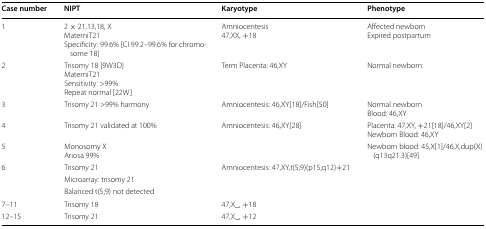
<table><thead><tr><td><b>Case number</b></td><td><b>NIPT</b></td><td><b>Karyotype</b></td><td><b>Phenotype</b></td></tr></thead><tbody><tr><td>1</td><td>2 × 21,13,18, XMaterniT21Specificity: 99.6% [CI 99.2–99.6% for chromosome 18]</td><td>Amniocentesis47,XX, +18</td><td>Affected newbornExpired postpartum</td></tr><tr><td>2</td><td>Trisomy 18 [9W3D]MaterniT21Sensitivity: &gt;99%Repeat normal [22W]</td><td>Term Placenta: 46,XY</td><td>Normal newborn:</td></tr><tr><td>3</td><td>Trisomy 21 &gt;99% harmony</td><td>Amniocentesis: 46,XY[18]/Fish[50]</td><td>Normal newbornBlood: 46,XY</td></tr><tr><td>4</td><td>Trisomy 21 validated at 100%</td><td>Amniocentesis: 46,XY[28]</td><td>Placenta: 47,XY, +21[18]/46,XY[2]Newborn Blood: 46,XY</td></tr><tr><td>5</td><td>Monosomy XAriosa 99%</td><td></td><td>Newborn blood: 45,X[1]/46,X,dup(X)(q13q21.3)[49]</td></tr><tr><td rowspan="3">6</td><td>Trisomy 21</td><td rowspan="3">Amniocentesis: 47,XY,t(5;9)(p15;q12)+21</td><td rowspan="3"></td></tr><tr><td>Microarray: trisomy 21</td></tr><tr><td>Balanced t(5;9) not detected</td></tr><tr><td>7–11</td><td>Trisomy 18</td><td>47,X_, +18</td><td></td></tr><tr><td>12–15</td><td>Trisomy 21</td><td>47,X_, +12</td><td></td></tr></tbody></table>